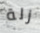
زلة